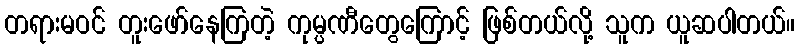
တရားမဝင် တူးဖော်နေကြတဲ့ ကုမ္ပဏီတွေကြောင့် ဖြစ်တယ်လို့ သူက ယူဆပါတယ်။